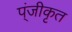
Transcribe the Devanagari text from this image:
प्ंजीकृत